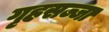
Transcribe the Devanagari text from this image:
गृहसज्जा